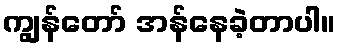
ကျွန်တော် အန်နေခဲ့တာပါ။